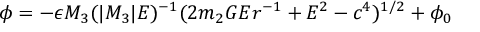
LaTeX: \phi = - \epsilon M _ { 3 } ( | M _ { 3 } | E ) ^ { - 1 } ( 2 m _ { 2 } G E r ^ { - 1 } + E ^ { 2 } - c ^ { 4 } ) ^ { 1 / 2 } + \phi _ { 0 }